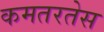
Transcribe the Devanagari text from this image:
कमतरतेस